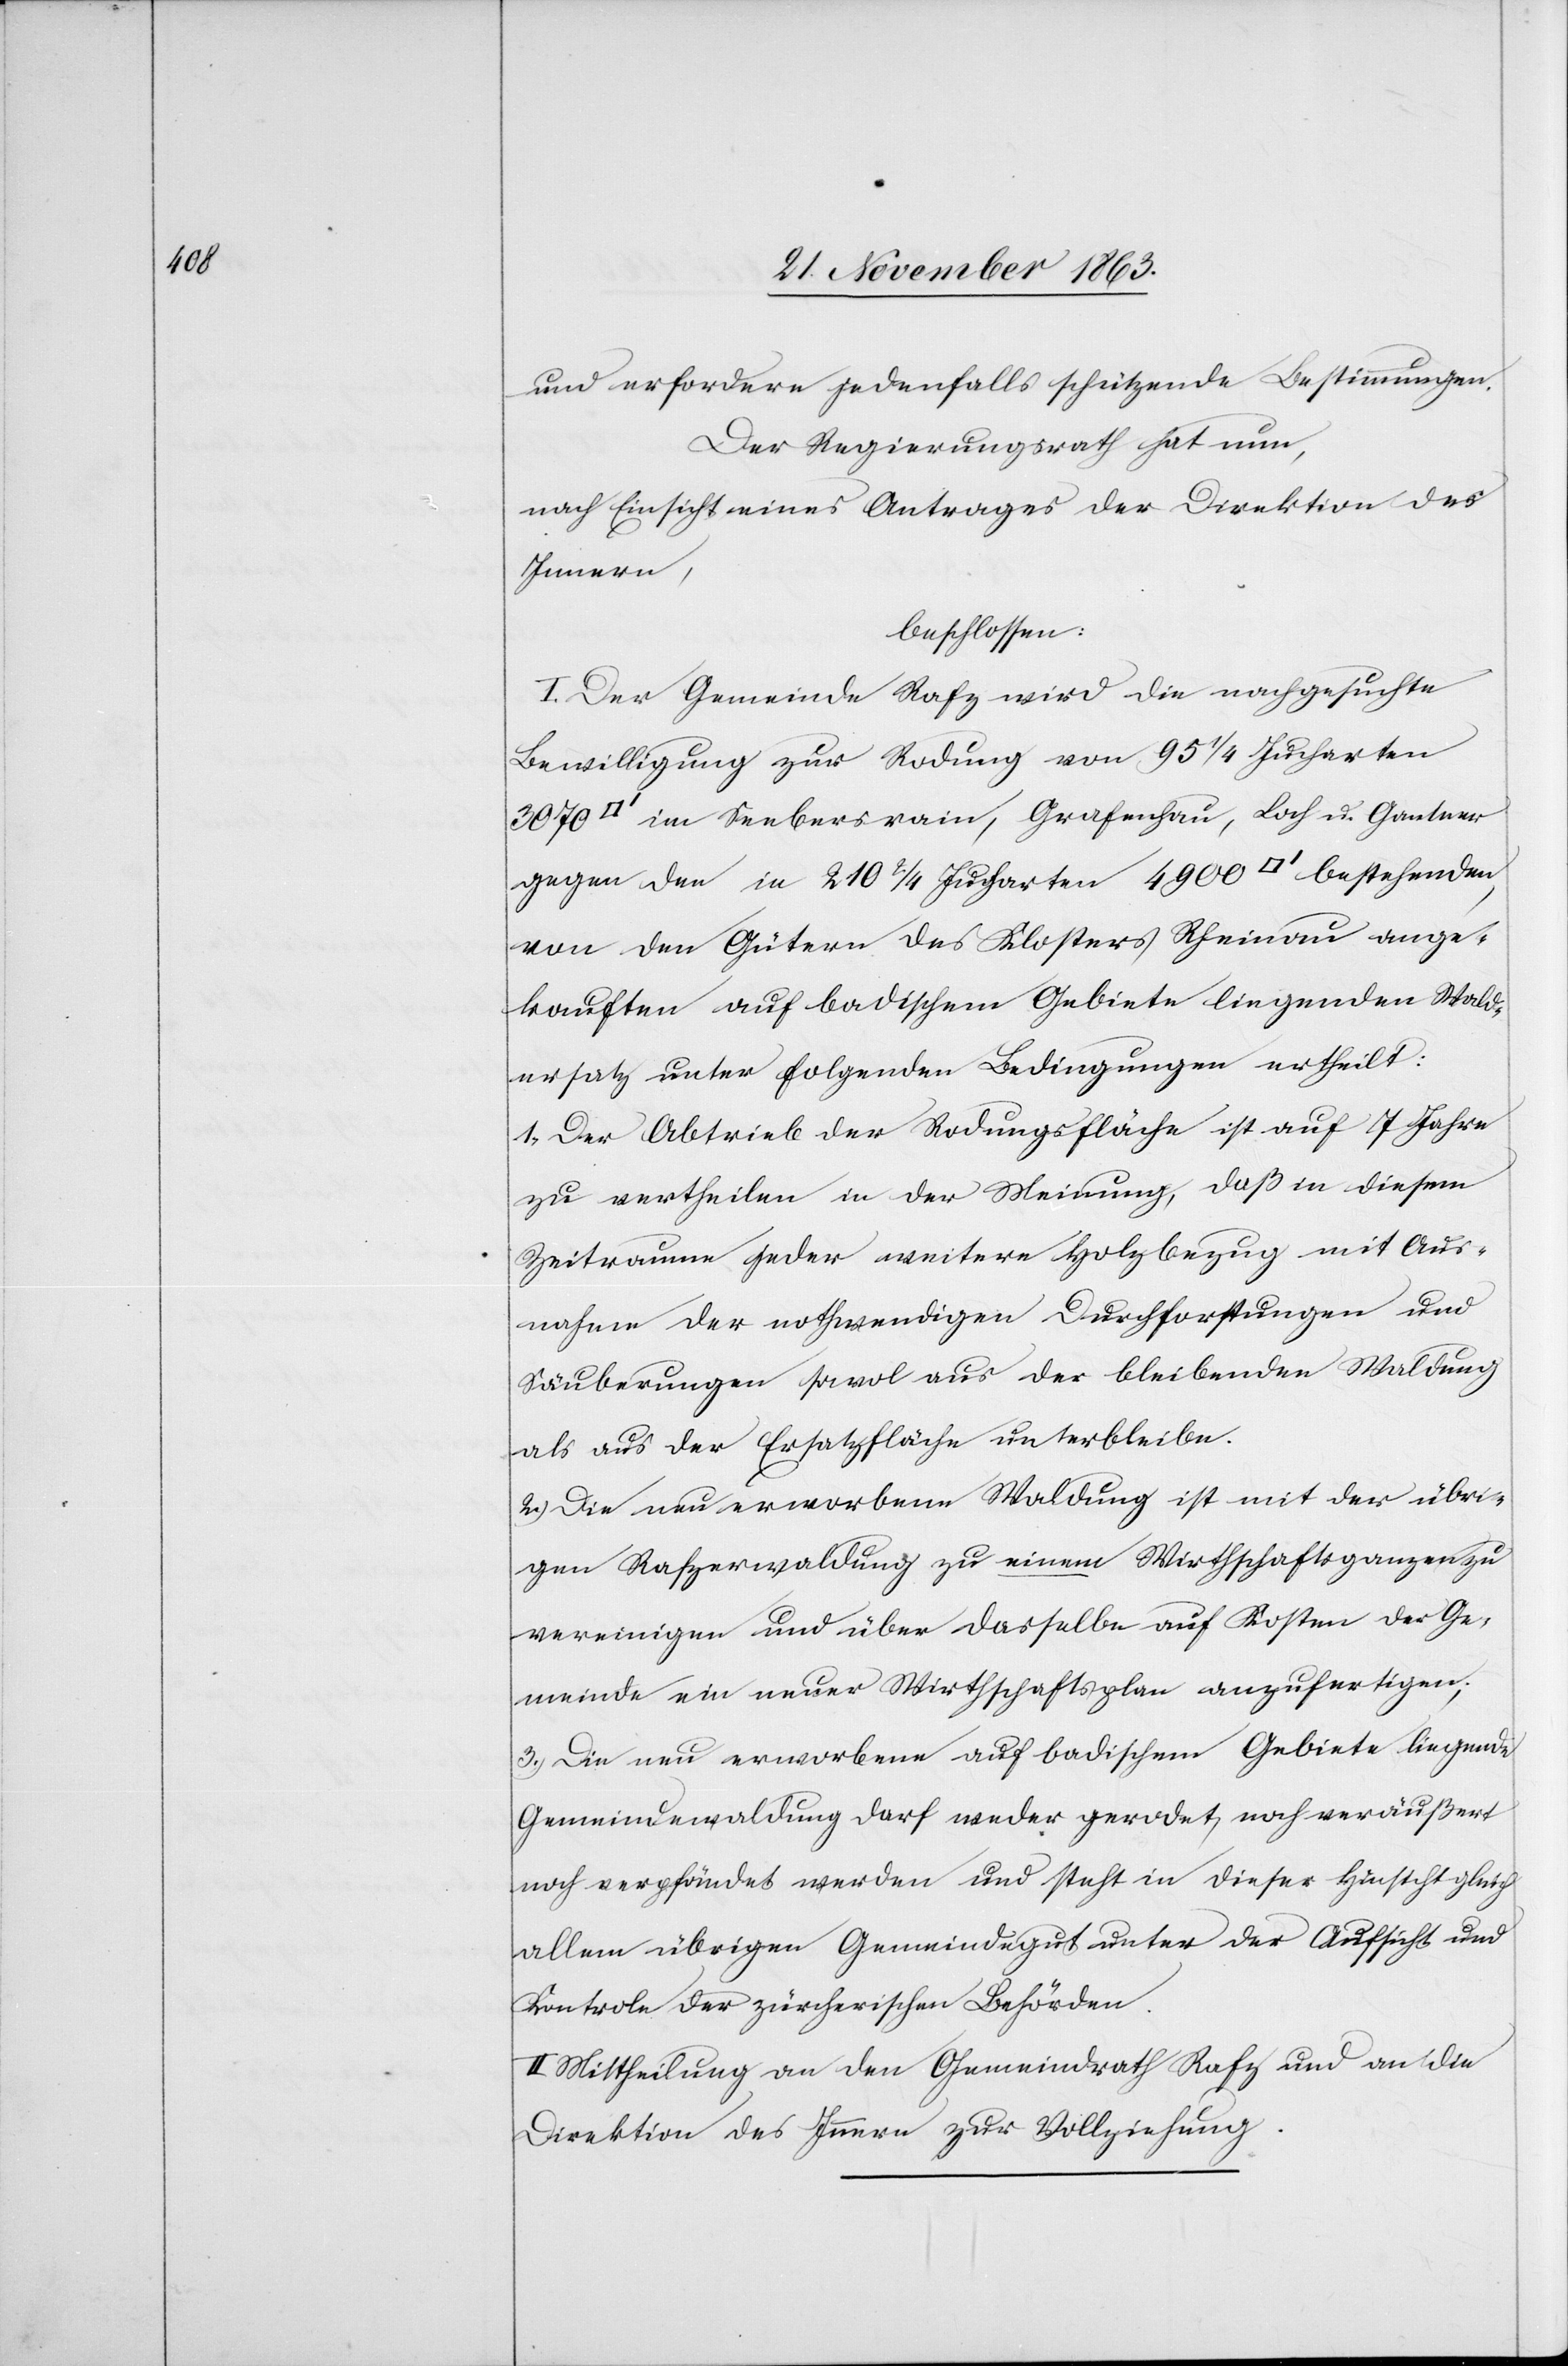
und erfordere jedenfalls schützende Bestimmungen.
Der Regierungsrath hat nun,
nach Einsicht eines Antrages der Direktion des
Innern,
beschlossen:
I. Der Gemeinde Rafz wird die nachgesuchte
Bewilligung zur Rodung von 95 1/4 Jucharten
in Seebersrain, Grafenhau, Loch u. Gantner
gegen den in 210 2/4 Jucharten 4900 [Quadratfuss] bestehenden,
von den Gütern des Klosters Rheinau ange¬
kauften auf badischem Gebiete liegenden Wald¬
ersatz unter folgenden Bedingungen ertheilt:
1.) Der Abtrieb der Rodungsfläche ist auf 7 Jahre
zu vertheilen in der Meinung, daß in diesem
Zeitraume jeder weitere Holzbezug mit Aus¬
nahme der nothwendigen Durchforstungen und
Säuberungen sowol aus der bleibenden Waldung
als aus der Ersatzfläche unterbleibe.
2.) Die neu erworbene Waldung ist mit der übri¬
gen Rafzerwaldung zu einem Wirthschaftsganzen zu
vereinigen und über dasselbe auf Kosten der Ge¬
meinde ein neuer Wirthschaftsplan anzufertigen;
3.) Die neu erworbene auf badischem Gebiete liegende
Gemeindewaldung darf weder gerodet, noch veräußert
noch verpfändet werden und steht in dieser Hinsicht gleich
allem übrigen Gemeindegut unter der Aufsicht und
Kontrole der zürcherischen Behörden.
II. Mittheilung an den Gemeindrath Rafz und an die
Direktion des Innern zur Vollziehung.